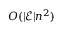
O ( | \mathcal { E } | n ^ { 2 } )